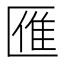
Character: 𠥔